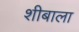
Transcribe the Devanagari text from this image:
शीबाला